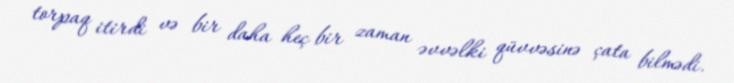
torpaq itirdi və bir daha heç bir zaman əvvəlki qüvvəsinə çata bilmədi.